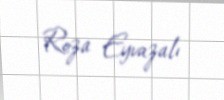
Roza Eyvazalı